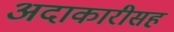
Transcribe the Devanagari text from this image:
अदाकारीसह